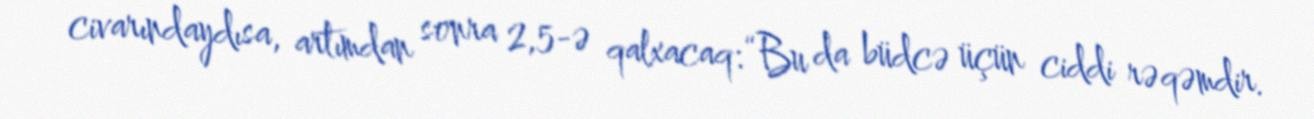
civarındaydısa, artımdan sonra 2,5-ə qalxacaq: “Bu da büdcə üçün ciddi rəqəmdir.